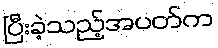
ပြီးခဲ့သည့်အပတ်က